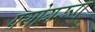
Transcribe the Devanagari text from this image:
प्रयोगरूप